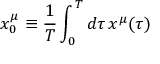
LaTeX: x _ { 0 } ^ { \mu } \equiv { \frac { 1 } { T } } \int _ { 0 } ^ { T } d \tau \, x ^ { \mu } ( \tau )